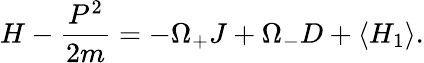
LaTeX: H-\frac{P^{2}}{2m}=-\Omega_{+}J+\Omega_{-}D+\left\langle H_{1}\right\rangle.